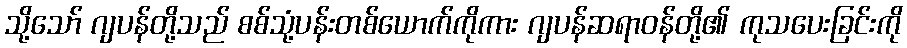
သို့သော် ဂျပန်တို့သည် စစ်သုံ့ပန်းတစ်ယောက်ကိုကား ဂျပန်ဆရာဝန်တို့၏ ကုသပေးခြင်းကို